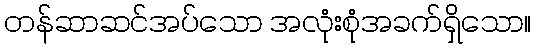
တန်ဆာဆင်အပ်သော အလုံးစုံအခက်ရှိသော။